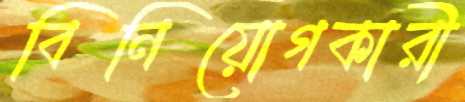
বিনিয়োগকারী